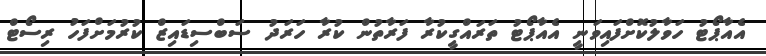
އެއާޕޯޓު ހަވާލުކޮށްފައިވަނީ އެއާޕޯޓު ތަރައްގީކުރާ ފަރާތުން ކުރާ ހަރަދު ސަބްސިޑައިޒް ކުރުމަށްފަހު ރިސޯޓް